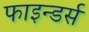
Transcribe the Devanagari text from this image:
फाइन्डर्स